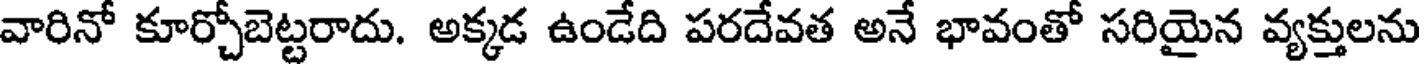
వారినో కూర్చోబెట్టరాదు. అక్కడ ఉండేది పరదేవత అనే భావంతో సరియైన వ్యక్తులను